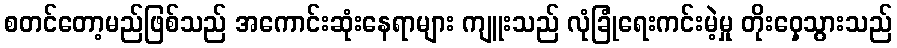
စတင်တော့မည်ဖြစ်သည် အကောင်းဆုံးနေရာများ ကျူးသည် လုံခြုံရေးကင်းမဲ့မှု တိုးဝှေ့သွားသည်